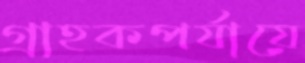
গ্রাহকপর্যায়ে